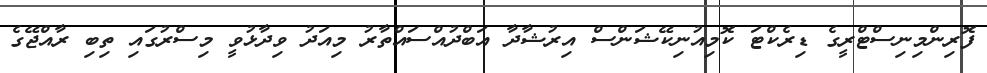
ފޮރިންމިނިސްޓްރީގެ ޑިރެކްޓަ ކޮމިއުނިކޭޝަންސް އިރުޝާދާ އަބްދުއްސައްތާރު މިއަދު ވިދާޅުވީ މިސްރުގައި ތިބި ރާއްޖޭގެ